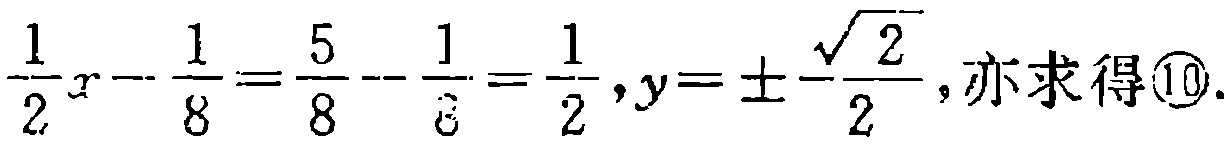
$\frac{1}{2}x - \frac{1}{8} = \frac{5}{8} - \frac{1}{8} = \frac{1}{2},y = \pm\frac{\sqrt{2}}{2},亦求得\textcircled{10}.$